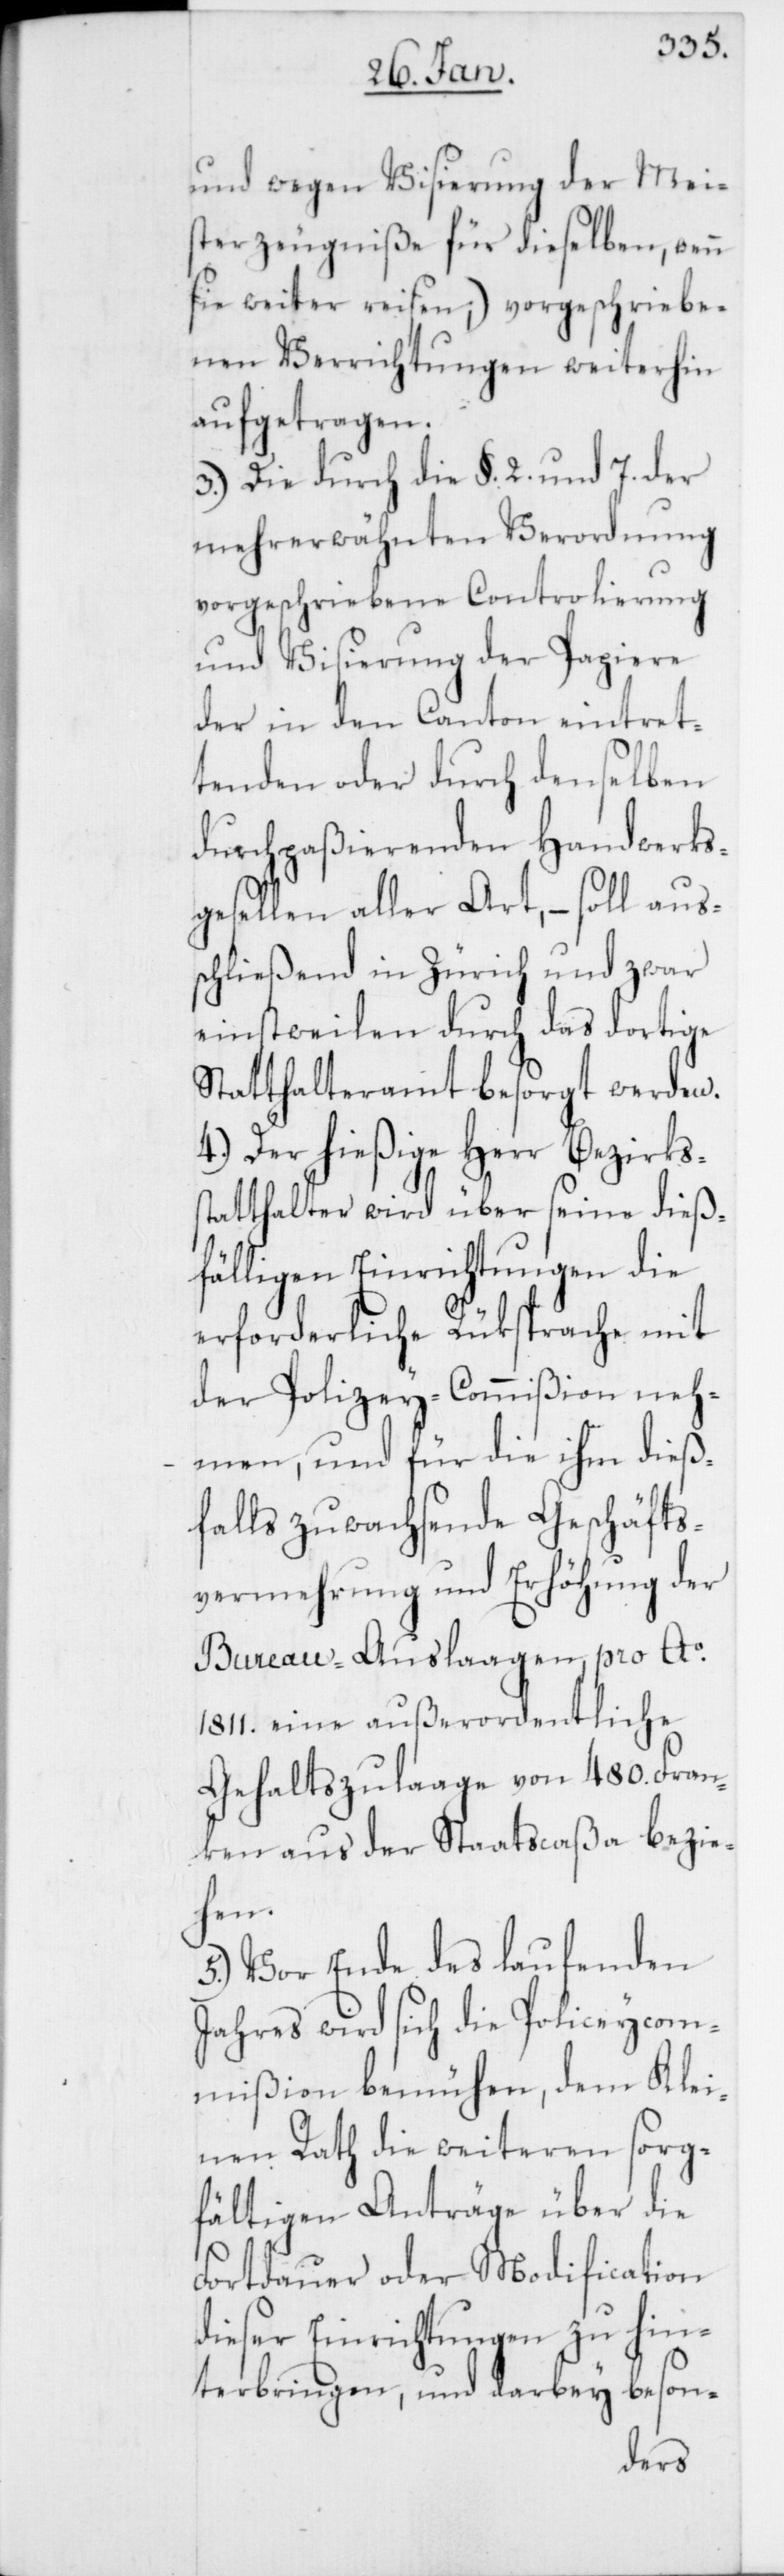
und wegen Visierung der Mei¬
sterzeugniße für dieselben, wenn
sie weiter reisen;) vorgeschriebe¬
nen Verrichtungen weiterhin
aufgetragen.
3.) Die durch die §. 2. und 7. der
mehrerwähnten Verordnung
vorgeschriebene Controlierung
und Visierung der Papiere
der in den Canton eintret¬
tenden oder durch denselben
durchpaßierenden Handwerks¬
gesellen aller Art, – soll aus¬
schließend in Zürich und zwar
einstweilen durch das dortige
Statthalteramt besorgt werden.
4.) Der hießige Herr Bezirkss¬
tatthalter wird über seine dieß¬
fälligen Einrichtungen die
erforderliche Rüksprache mit
der Polizey-Commißion neh¬
men, und für die ihm dieß¬
falls zuwachsende Geschäfts¬
vermehrung und Erhöhung der
Bureau-Auslaagen pro Ao.
1811. eine außerordentliche
Gehaltszulage von 480. Fran¬
ken aus der Staatscaßa bezie¬
hen.
5.) Vor Ende des laufenden
Jahres wird sich die Polizeycom¬
mißion bemühen, dem Klei¬
nen Rath die weiteren sorg¬
fältigen Anträge über die
Fortdauer oder Modification
dieser Einrichtungen zu hin¬
terbringen, und darbey beson-